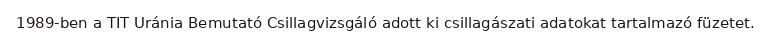
1989-ben a TIT Uránia Bemutató Csillagvizsgáló adott ki csillagászati adatokat tartalmazó füzetet.